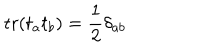
\mathrm { t r } ( t _ { a } t _ { b } ) = \frac { 1 } { 2 } \delta _ { a b }